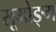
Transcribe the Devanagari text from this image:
सूमोङ्ग